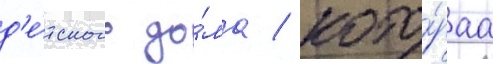
д'е́тского до́ма / кото́раа